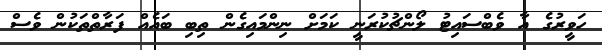
ހަވީރުގެ އާ ވެބްސައިޓު ލޯންޗުކުރަނީ ކަމަށް ނިންމައިގެން ތިބި ބައެއް ފަރާތްތަކުން ވެސް